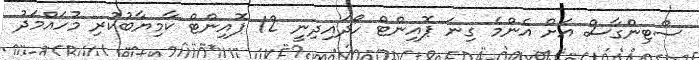
ސްޓިންގާސް އަށް އެންމެ ގިނަ ޕޮއިންޓް ހޯދައިދިނީ 12 ޕޮއިންޓް ކާމިޔާބުކުރި މުހައްމަދު